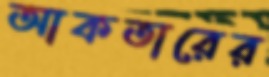
আকতারের